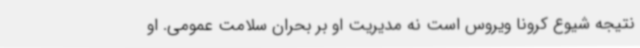
نتیجه شیوع کرونا ویروس است نه مدیریت او بر بحران سلامت عمومی. او